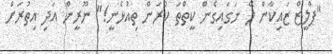
"ޕްލީޒް ޒައިކާން ލޭ ނަގައިގެން ކީތްތަ ކުރަން ތިއުޅެނީ!" ނޫރީން އަދި އިތުރަށް